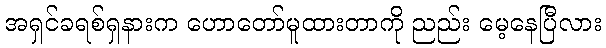
အရှင်ခရစ်ရှနားက ဟောတော်မူထားတာကို ညည်း မေ့နေပြီလား